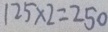
1 2 5 \times 2 = 2 5 0